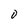
Character: O